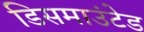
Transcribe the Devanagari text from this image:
डिसमाउंटेड